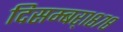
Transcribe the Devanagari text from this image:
दिसम्बर्१८७८